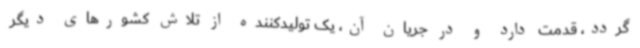
گردد، قدمت دارد و در جریان آن، یک تولیدکننده از تلاش کشورهای دیگر